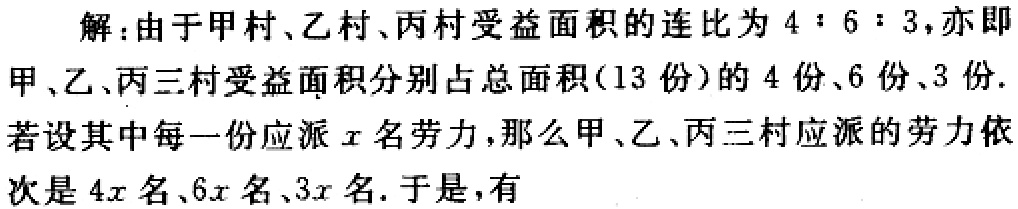
解：由于甲村、乙村、丙村受益面积的连比为 \(4:6:3\)，亦即甲、乙、丙三村受益面积分别占总面积（13 份）的 4 份、6 份、3 份. 若设其中每一份应派 \(x\) 名劳力，那么甲、乙、丙三村应派的劳力依次是 \(4x\) 名、\(6x\) 名、\(3x\) 名. 于是，有